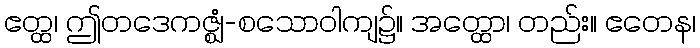
ဧတ္ထ၊ ဤတဒေကဇ္ဈံ-စသောဝါကျ၌။ အတ္ထော၊ တည်း။ ဧတေန၊